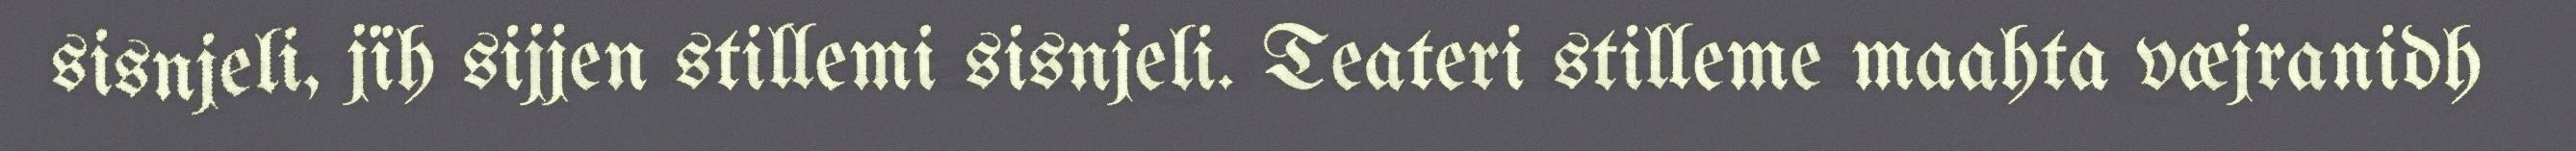
sisnjeli, jïh sijjen stillemi sisnjeli. Teateri stilleme maahta væjranidh